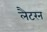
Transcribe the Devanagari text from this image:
लैटरन